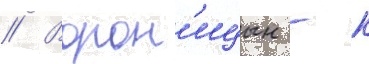
// Ворон'ицын - к